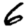
Digit: 6